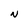
Character: N